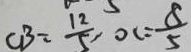
C B = \frac { 1 2 } { 5 } , O C = \frac { 8 } { 5 }